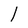
Character: l